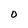
Character: O